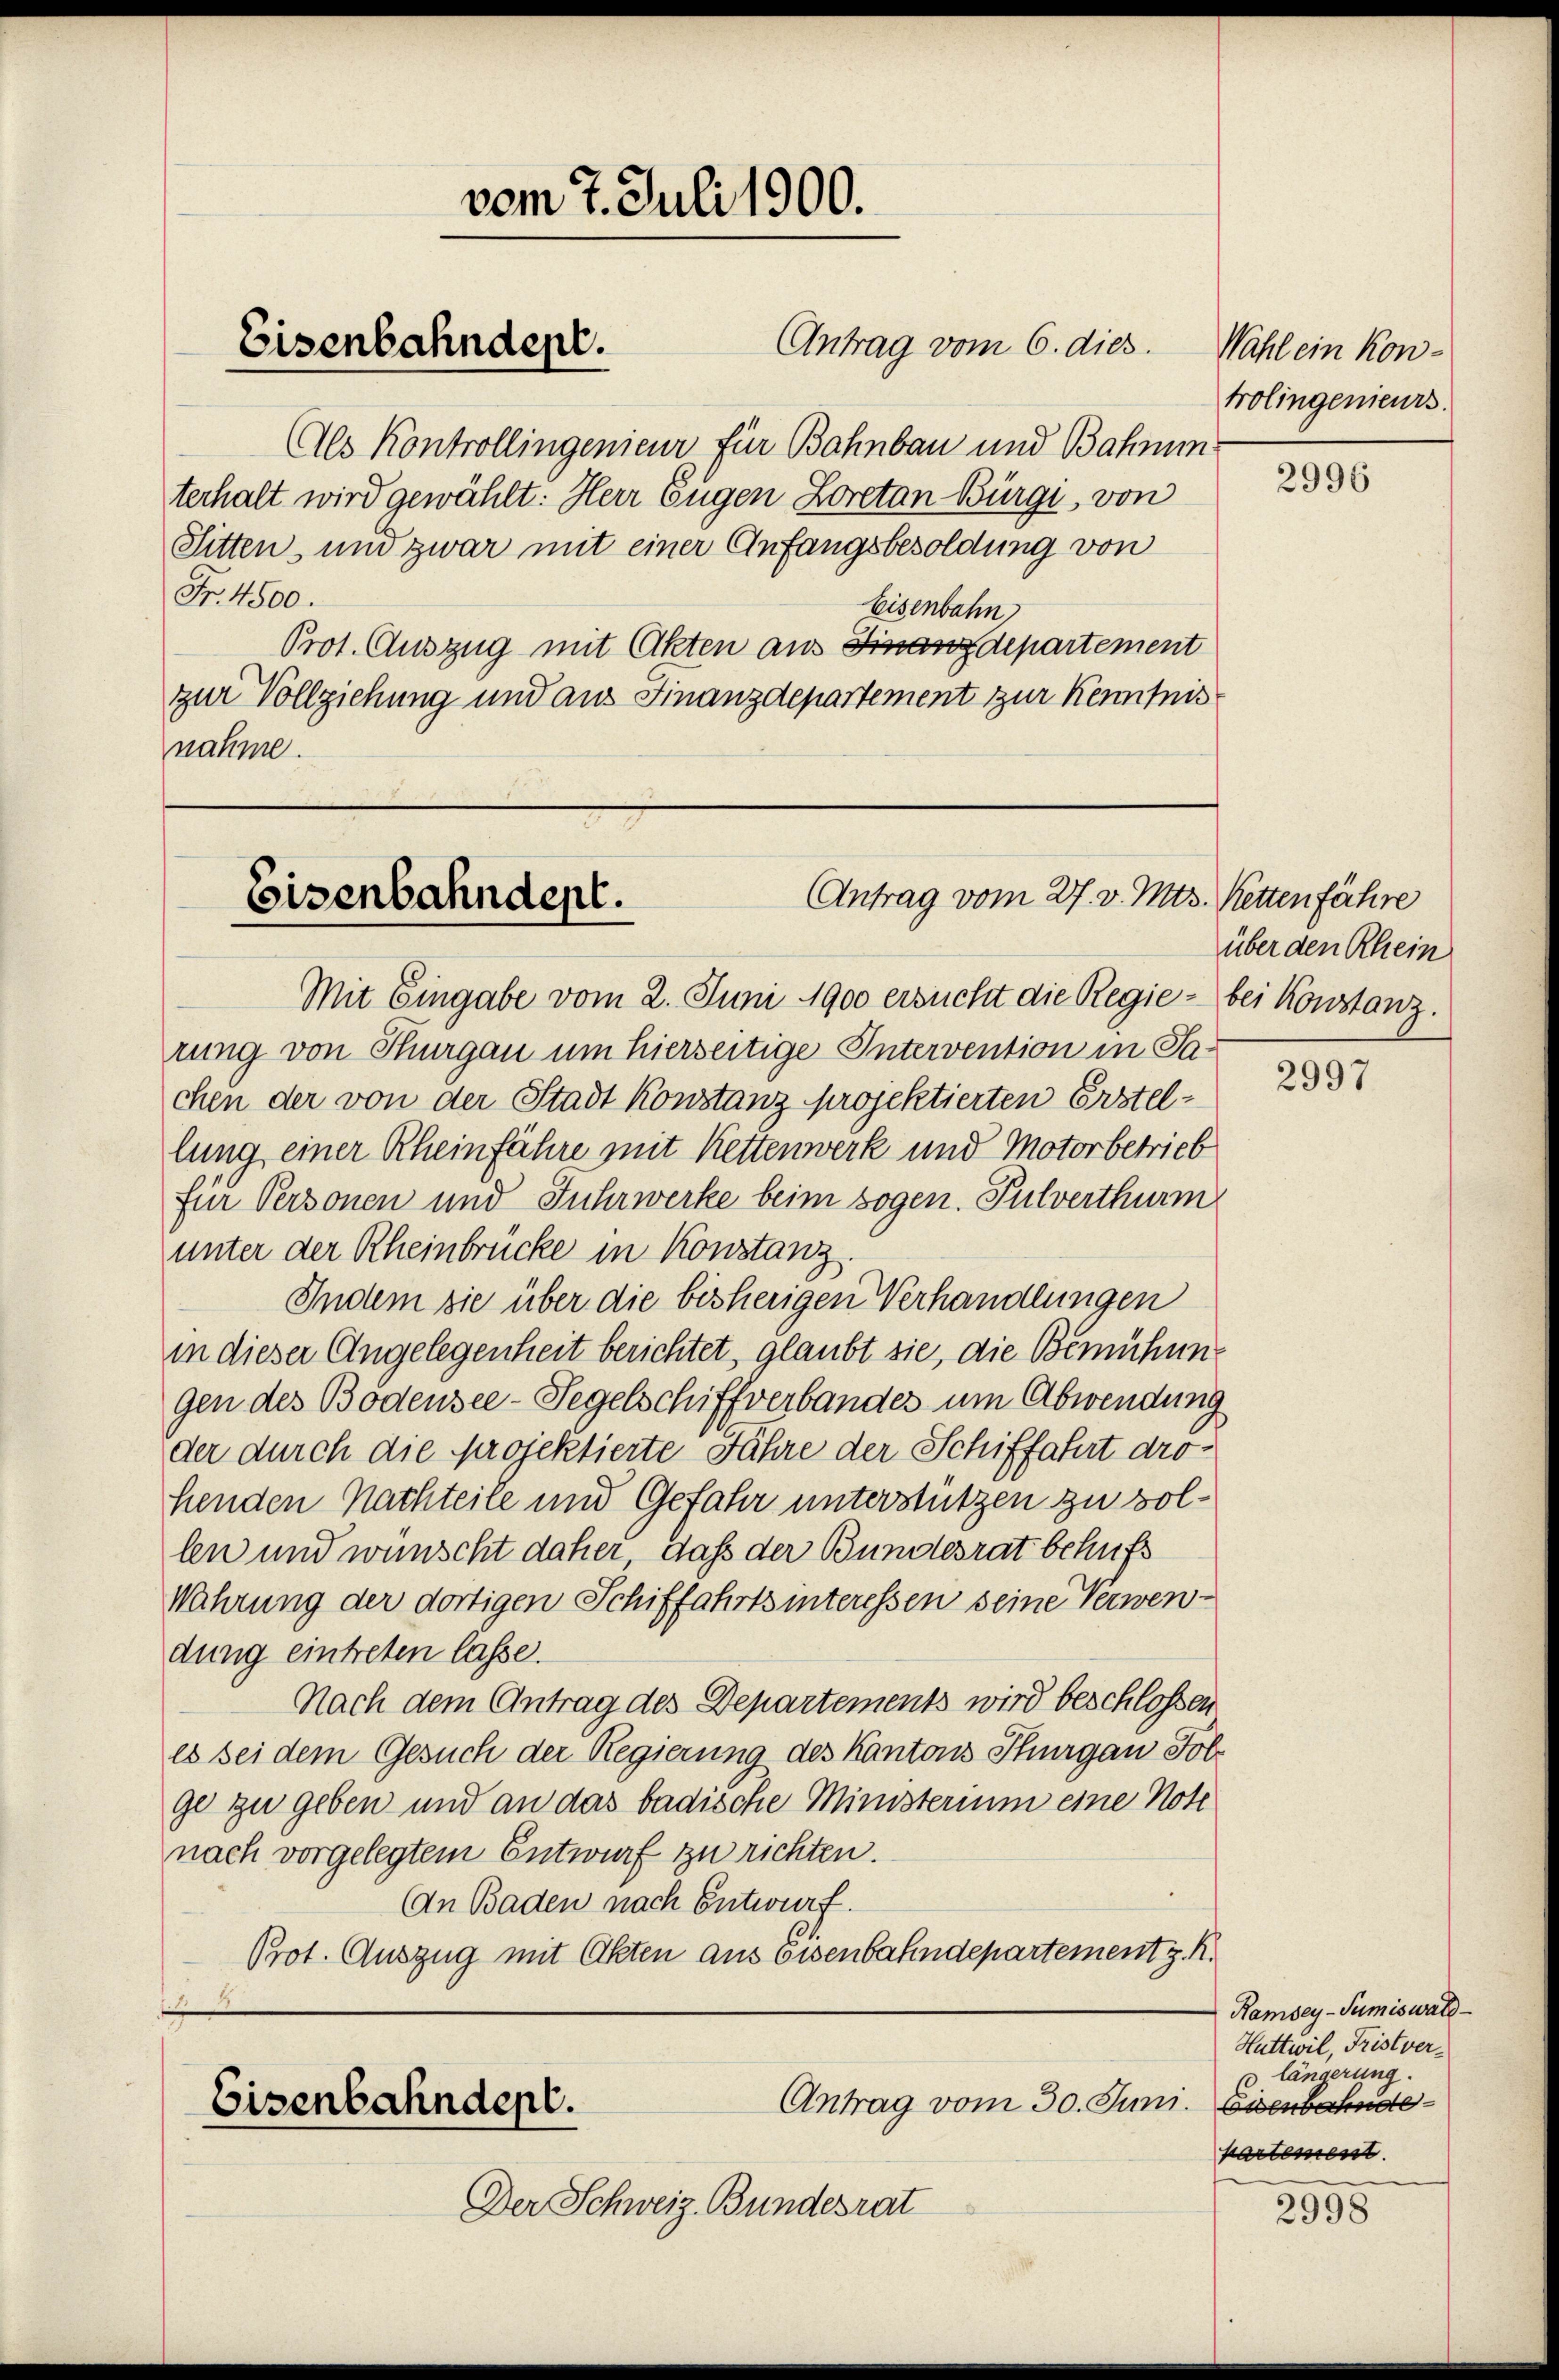
Als Kontrollingenieur für Bahnbau und Bahnun
terhalt wird gewählt: Herr Eugen Loretan Bürgi, von
Sitten, und zwar mit einer Anfangsbesoldung von
Fr. 4500.
Eisenbahn
Prot. Auszug mit Akten aus Finanzdepartement
zur Vollziehung und aus Finanzdepartement zur Kenntnis
nähme.

Eisenbahndept.

vom 7. Juli 1900.

Antrag vom 6. dies

Antrag vom 27. v. Mts.
Eisenbahndept.

Mit Eingabe vom 2. Juni 1900 ersucht die Regie - bei Konstanz.
rung von Thurgau um hierseitige Intervention in Sachen der von der Stadt Konstanz projektierten Erstellung einer Rheinführe mit Kettenwerk und Motor betrieb
für Personen und Fuhrwerke beim sogen. Pulverthurm
unter der Rheinbrücke in Konstanz.
Indem sie über die bisherigen Verhandlungen
in dieser Angelegenheit berichtet, glaubt sie, die Bemühungen des Bodensee-Tegelschiffverbandes um Abwendung
der durch die projektierte Jahre der Schiffahrt drohenden Nachteile und Gefahr unterstützen zu sollen und wünscht daher, daß der Bundesrat behufs
Wahrung der dortigen Schiffahrts interessen seine Verwendung eintreten lasse.
Nach dem Antrag des Departements wird beschlossen
es sei dem Gesuch der Regierung des Kantons Thurgau Folge zu geben und an das badische Ministerium eine Noti
nach vorgelegtem Entwurf zu richten.
An Baden nach Entwurf.
Prot. Auszug mit Akten aus Eisenbahndepartement z. R.

Antrag vom 30. Juni essenbahnde
Eisenbahndepl.

Der Schweiz. Bundesrat

Wahl ein Kontrolingenieurs.

2996

Ketten fähre
über den Rhein

2997

Ramsey-Sumiswald
Huttwil, Fristver¬
u längerung.
kartement.

2998